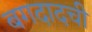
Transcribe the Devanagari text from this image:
बगदादची